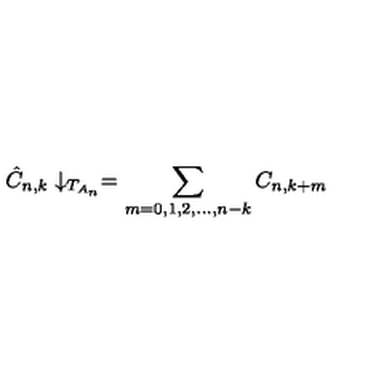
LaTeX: \hat { C } _ { n , k } \downarrow _ { T _ { A _ { n } } } = \sum _ { m = 0 , 1 , 2 , . . . , n - k } C _ { n , k + m }